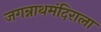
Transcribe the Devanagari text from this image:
जगन्नाथमंदिराला